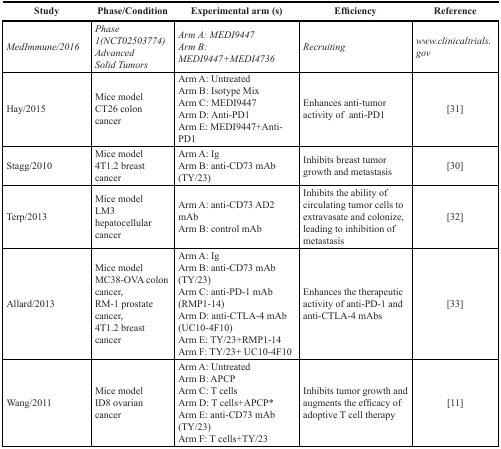
<table><thead><tr><td><b>Study</b></td><td><b>Phase/Condition</b></td><td><b>Experimental arm (s)</b></td><td><b>Efficiency</b></td><td><b>Reference</b></td></tr><tr><td><b><i>MedImmune/2016</i></b></td><td><b><i>Phase 1(NCT02503774) Advanced Solid Tumors</i></b></td><td><b><i>Arm A: MEDI9447</i><i>Arm B: MEDI9447+MEDI4736</i></b></td><td><b><i>Recruiting</i></b></td><td><b>www.clinicaltrials.gov</b></td></tr></thead><tbody><tr><td>Hay/2015</td><td>Mice model CT26 colon cancer</td><td>Arm A: UntreatedArm B: Isotype MixArm C: MEDI9447Arm D: Anti-PD1Arm E: MEDI9447+Anti-PD1</td><td>Enhances anti-tumor activity of anti-PD1</td><td>[31]</td></tr><tr><td>Stagg/2010</td><td>Mice model4T1.2 breast cancer</td><td>Arm A: IgArm B: anti-CD73 mAb (TY/23)</td><td>Inhibits breast tumor growth and metastasis</td><td>[30]</td></tr><tr><td>Terp/2013</td><td>Mice modelLM3 hepatocellular cancer</td><td>Arm A: anti-CD73 AD2 mAbArm B: control mAb</td><td>Inhibits the ability of circulating tumor cells to extravasate and colonize, leading to inhibition of metastasis</td><td>[32]</td></tr><tr><td>Allard/2013</td><td>Mice modelMC38-OVA colon cancer,RM-1 prostate cancer,4T1.2 breast cancer</td><td>Arm A: IgArm B: anti-CD73 mAb (TY/23)Arm C: anti-PD-1 mAb (RMP1-14)Arm D: anti-CTLA-4 mAb (UC10-4F10)Arm E: TY/23+RMP1-14Arm F: TY/23+ UC10-4F10</td><td>Enhances the therapeutic activity of anti-PD-1 and anti-CTLA-4 mAbs</td><td>[33]</td></tr><tr><td>Wang/2011</td><td>Mice modelID8 ovarian cancer</td><td>Arm A: UntreatedArm B: APCPArm C: T cellsArm D: T cells+APCP*Arm E: anti-CD73 mAb (TY/23)Arm F: T cells+TY/23</td><td>Inhibits tumor growth and augments the efficacy of adoptive T cell therapy</td><td>[11]</td></tr></tbody></table>